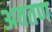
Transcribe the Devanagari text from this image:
अवतण